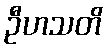
ဦဟသတိ